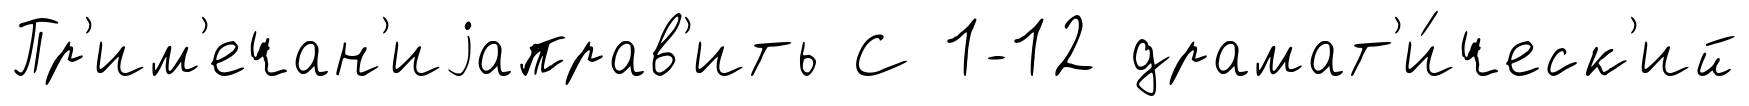
Пр'им'ечан'иjаправ'ить С 1-12 драмат'и́ческ'ий